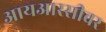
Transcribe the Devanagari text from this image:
आयआरसीवर